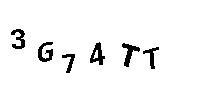
3G74TT